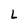
Character: L